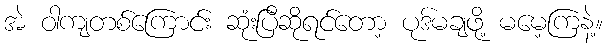
အဲ ဝါကျတစ်ကြောင်း ဆုံးပြီဆိုရင်တော့ ပုဒ်မချဖို့ မမေ့ကြနဲ့။